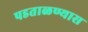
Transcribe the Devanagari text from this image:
पडताळण्यास